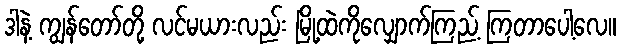
ဒါနဲ့ ကျွန်တော်တို့ လင်မယားလည်း မြို့ထဲကိုလျှောက်ကြည့် ကြတာပေါ့လေ။